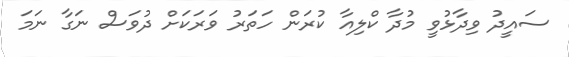
ސައީދު ވިދާޅުވީ މުދާ ކްލިއާ ކުރަން ހަތަރު ވަރަކަށް ދުވަސް ނަގާ ނަމަ